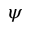
\psi